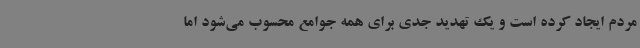
مردم ایجاد کرده است و یک تهدید جدی برای همه جوامع محسوب می‌شود اما